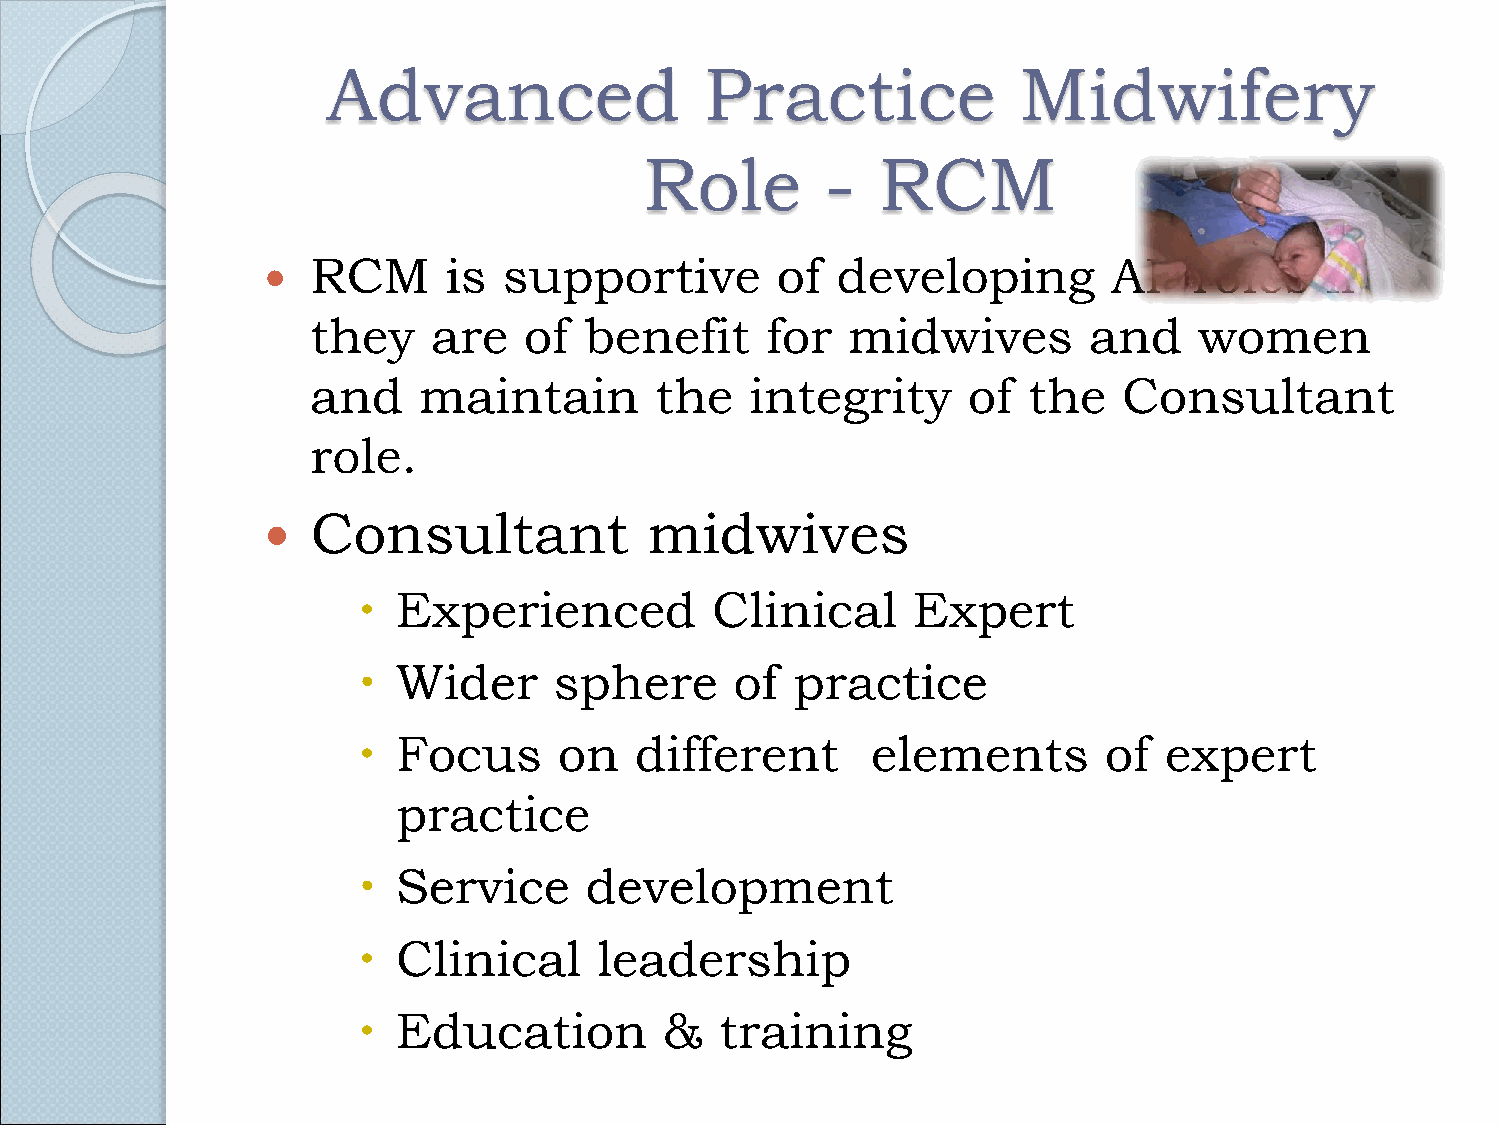
Advanced                 Practice             Midwifery
 Role        -  RCM
 RCM      is supportive        of  developing         AP   roles    if
 
 they    are   of  benefit     for  midwives        and    women
 and    maintain       the    integrity     of  the   Consultant
 role.
 Consultant            midwives
 
  Experienced          Clinical     Expert
  Wider      sphere      of  practice
  Focus      on   different       elements       of  expert
 practice
  Service      development
  Clinical      leadership
  Education         &   training